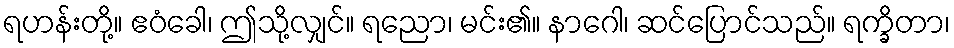
ရဟန်းတို့။ ဧဝံခေါ၊ ဤသို့လျှင်။ ရညော၊ မင်း၏။ နာဂေါ၊ ဆင်ပြောင်သည်။ ရက္ခိတာ၊